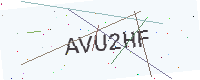
Text: AVU2HF